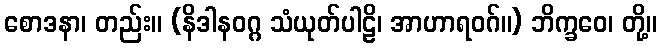
စောဒနာ၊ တည်း။ (နိဒါနဝဂ္ဂ သံယုတ်ပါဠိ၊ အာဟာရဝဂ်။) ဘိက္ခဝေ၊ တို့။